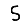
Digit: 5